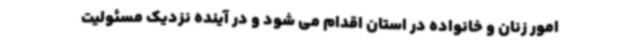
امور زنان و خانواده در استان اقدام می شود و در آینده نزدیک مسئولیت